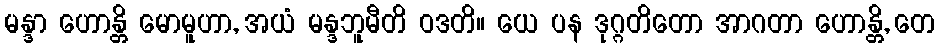
မန္ဒာ ဟောန္တိ မောမူဟာ, အယံ မန္ဒဘူမီတိ ဝဒတိ။ ယေ ပန ဒုဂ္ဂတိတော အာဂတာ ဟောန္တိ, တေ